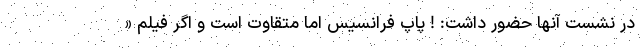
در نشست آنها حضور داشت: ! پاپ فرانسیس اما متقاوت است و اگر فیلم «